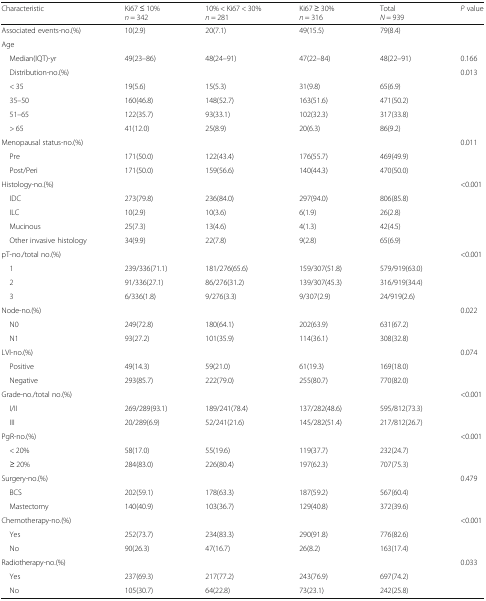
<table><thead><tr><td><b>Characteristic</b></td><td><b>Ki67 ≤ 10%<i>n</i> = 342</b></td><td><b>10% &lt; Ki67 &lt; 30%<i>n</i> = 281</b></td><td><b>Ki67 ≥ 30%<i>n</i> = 316</b></td><td><b>Total<i>N</i> = 939</b></td><td><b><i>P</i> value</b></td></tr></thead><tbody><tr><td>Associated events-no.(%)</td><td>10(2.9)</td><td>20(7.1)</td><td>49(15.5)</td><td>79(8.4)</td><td></td></tr><tr><td>Age</td><td></td><td></td><td></td><td></td><td></td></tr><tr><td> Median(IQT)-yr</td><td>49(23–86)</td><td>48(24–91)</td><td>47(22–84)</td><td>48(22–91)</td><td>0.166</td></tr><tr><td> Distribution-no.(%)</td><td></td><td></td><td></td><td></td><td>0.013</td></tr><tr><td> &lt; 35</td><td>19(5.6)</td><td>15(5.3)</td><td>31(9.8)</td><td>65(6.9)</td><td></td></tr><tr><td> 35–50</td><td>160(46.8)</td><td>148(52.7)</td><td>163(51.6)</td><td>471(50.2)</td><td></td></tr><tr><td> 51–65</td><td>122(35.7)</td><td>93(33.1)</td><td>102(32.3)</td><td>317(33.8)</td><td></td></tr><tr><td> &gt; 65</td><td>41(12.0)</td><td>25(8.9)</td><td>20(6.3)</td><td>86(9.2)</td><td></td></tr><tr><td>Menopausal status-no.(%)</td><td></td><td></td><td></td><td></td><td>0.011</td></tr><tr><td> Pre</td><td>171(50.0)</td><td>122(43.4)</td><td>176(55.7)</td><td>469(49.9)</td><td></td></tr><tr><td> Post/Peri</td><td>171(50.0)</td><td>159(56.6)</td><td>140(44.3)</td><td>470(50.0)</td><td></td></tr><tr><td>Histology-no.(%)</td><td></td><td></td><td></td><td></td><td>&lt;0.001</td></tr><tr><td> IDC</td><td>273(79.8)</td><td>236(84.0)</td><td>297(94.0)</td><td>806(85.8)</td><td></td></tr><tr><td> ILC</td><td>10(2.9)</td><td>10(3.6)</td><td>6(1.9)</td><td>26(2.8)</td><td></td></tr><tr><td> Mucinous</td><td>25(7.3)</td><td>13(4.6)</td><td>4(1.3)</td><td>42(4.5)</td><td></td></tr><tr><td> Other invasive histology</td><td>34(9.9)</td><td>22(7.8)</td><td>9(2.8)</td><td>65(6.9)</td><td></td></tr><tr><td>pT-no./total no.(%)</td><td></td><td></td><td></td><td></td><td>&lt;0.001</td></tr><tr><td> 1</td><td>239/336(71.1)</td><td>181/276(65.6)</td><td>159/307(51.8)</td><td>579/919(63.0)</td><td></td></tr><tr><td> 2</td><td>91/336(27.1)</td><td>86/276(31.2)</td><td>139/307(45.3)</td><td>316/919(34.4)</td><td></td></tr><tr><td> 3</td><td>6/336(1.8)</td><td>9/276(3.3)</td><td>9/307(2.9)</td><td>24/919(2.6)</td><td></td></tr><tr><td>Node-no.(%)</td><td></td><td></td><td></td><td></td><td>0.022</td></tr><tr><td> N0</td><td>249(72.8)</td><td>180(64.1)</td><td>202(63.9)</td><td>631(67.2)</td><td></td></tr><tr><td> N1</td><td>93(27.2)</td><td>101(35.9)</td><td>114(36.1)</td><td>308(32.8)</td><td></td></tr><tr><td>LVI-no.(%)</td><td></td><td></td><td></td><td></td><td>0.074</td></tr><tr><td> Positive</td><td>49(14.3)</td><td>59(21.0)</td><td>61(19.3)</td><td>169(18.0)</td><td></td></tr><tr><td> Negative</td><td>293(85.7)</td><td>222(79.0)</td><td>255(80.7)</td><td>770(82.0)</td><td></td></tr><tr><td>Grade-no./total no.(%)</td><td></td><td></td><td></td><td></td><td>&lt;0.001</td></tr><tr><td> I/II</td><td>269/289(93.1)</td><td>189/241(78.4)</td><td>137/282(48.6)</td><td>595/812(73.3)</td><td></td></tr><tr><td> III</td><td>20/289(6.9)</td><td>52/241(21.6)</td><td>145/282(51.4)</td><td>217/812(26.7)</td><td></td></tr><tr><td>PgR-no.(%)</td><td></td><td></td><td></td><td></td><td>&lt;0.001</td></tr><tr><td> &lt; 20%</td><td>58(17.0)</td><td>55(19.6)</td><td>119(37.7)</td><td>232(24.7)</td><td></td></tr><tr><td> ≥ 20%</td><td>284(83.0)</td><td>226(80.4)</td><td>197(62.3)</td><td>707(75.3)</td><td></td></tr><tr><td>Surgery-no.(%)</td><td></td><td></td><td></td><td></td><td>0.479</td></tr><tr><td> BCS</td><td>202(59.1)</td><td>178(63.3)</td><td>187(59.2)</td><td>567(60.4)</td><td></td></tr><tr><td> Mastectomy</td><td>140(40.9)</td><td>103(36.7)</td><td>129(40.8)</td><td>372(39.6)</td><td></td></tr><tr><td>Chemotherapy-no.(%)</td><td></td><td></td><td></td><td></td><td>&lt;0.001</td></tr><tr><td> Yes</td><td>252(73.7)</td><td>234(83.3)</td><td>290(91.8)</td><td>776(82.6)</td><td></td></tr><tr><td> No</td><td>90(26.3)</td><td>47(16.7)</td><td>26(8.2)</td><td>163(17.4)</td><td></td></tr><tr><td>Radiotherapy-no.(%)</td><td></td><td></td><td></td><td></td><td>0.033</td></tr><tr><td> Yes</td><td>237(69.3)</td><td>217(77.2)</td><td>243(76.9)</td><td>697(74.2)</td><td></td></tr><tr><td> No</td><td>105(30.7)</td><td>64(22.8)</td><td>73(23.1)</td><td>242(25.8)</td><td></td></tr></tbody></table>